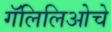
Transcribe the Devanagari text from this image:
गॅलिलिओचे